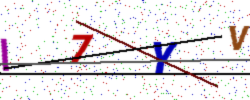
Text: I7YV